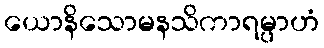
ယောနိသောမနသိကာရမ္ပာဟံ